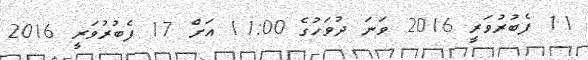
11 ފެބުރުވަރީ 2016 ވަނަ ދުވަހުގެ 11:00 އަށް 17 ފެބުރުވަރީ 2016